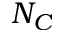
N _ { C }